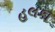
હલકા